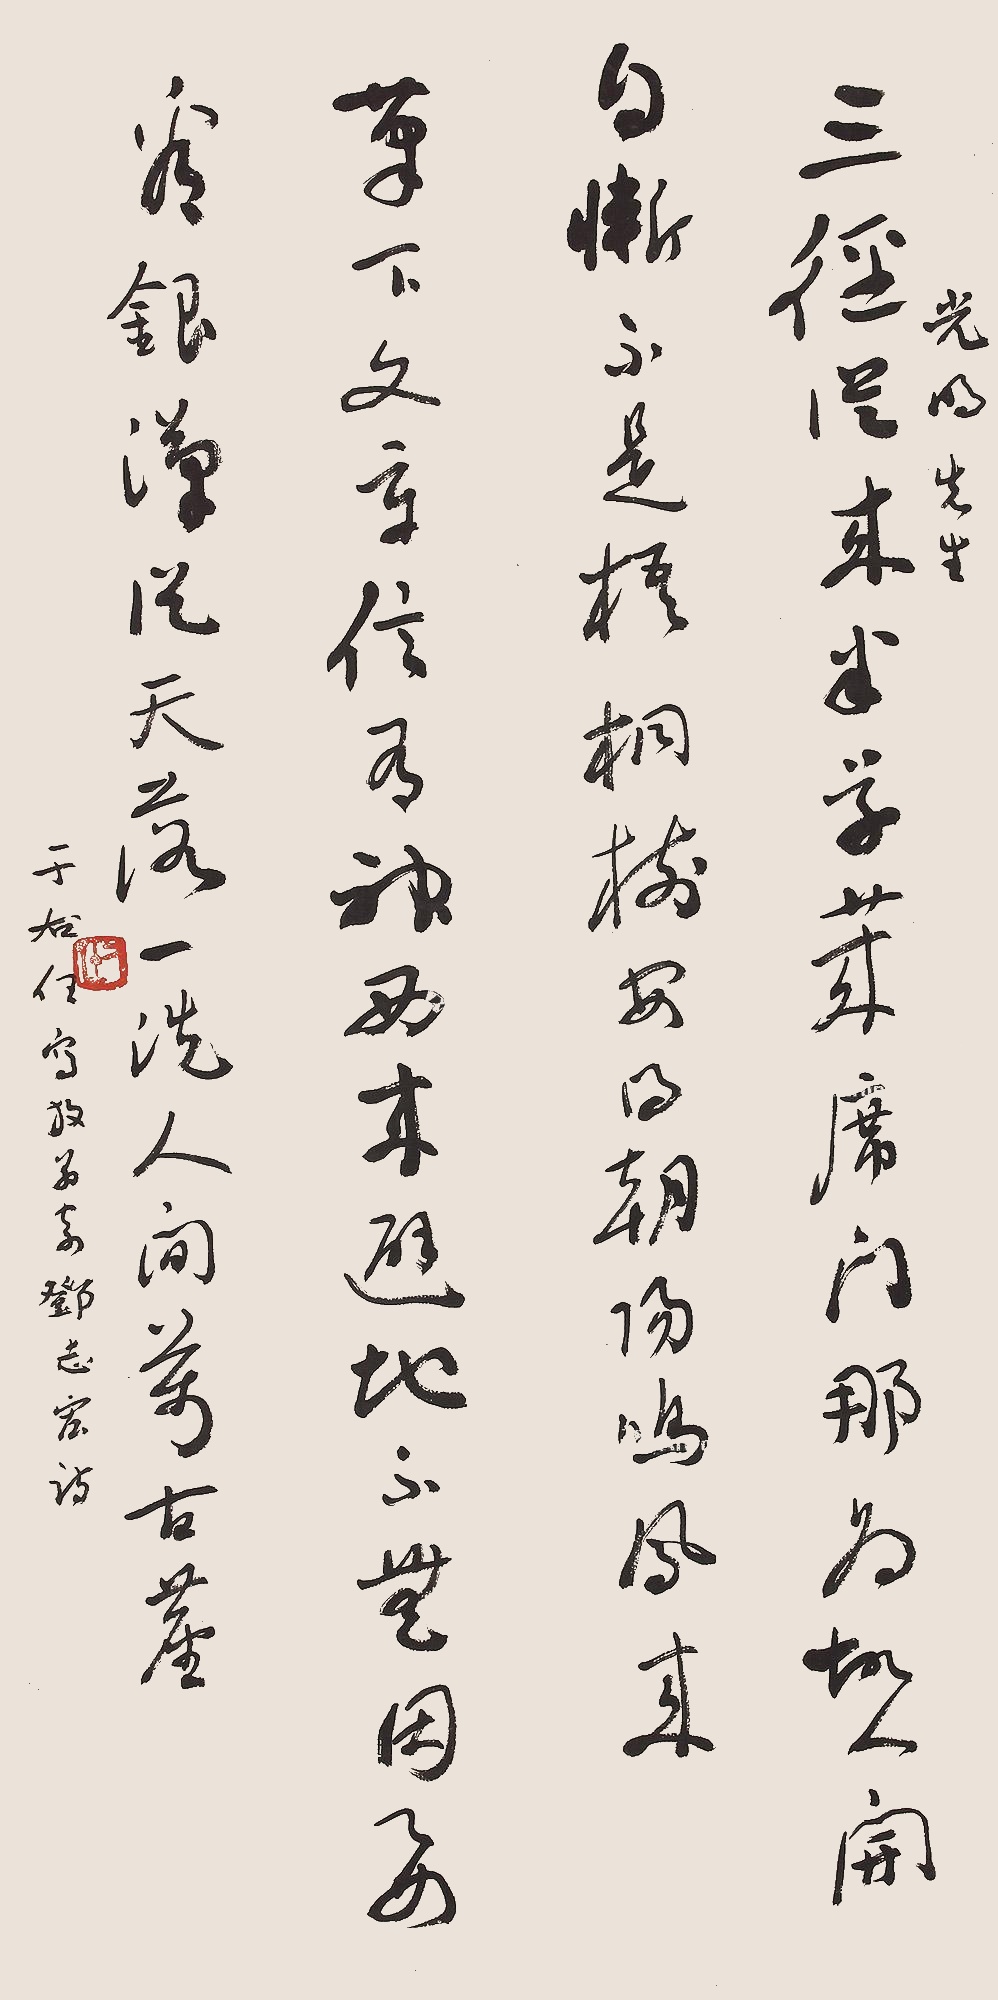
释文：三径从来半草莱，席门那为故人开。自惭不是梧桐树，安得朝阳鸣凤来。笔下文章信有神，西来避地不无因。要看银汉从天落，一洗人间万古尘。光明先生，于右任写放翁寄邓志宏诗。